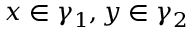
x \in \gamma _ { 1 } , y \in \gamma _ { 2 }